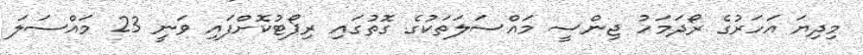
މިދިޔަ އަހަރުގެ ރޯދަމަހު ޖިންސީ މައްސަލަތަކުގެ ގޮތުގައި ރިޕޯޓުކޮށްފައި ވަނީ 23 މައްސަލަ